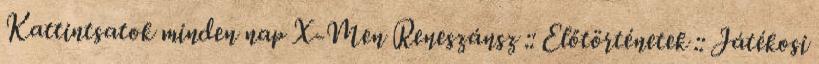
Kattintsatok minden nap X-Men Reneszánsz :: Előtörténetek :: Játékosi